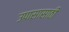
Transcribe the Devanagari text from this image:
उपासासाठी